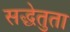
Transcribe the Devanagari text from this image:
सद्धेतुता